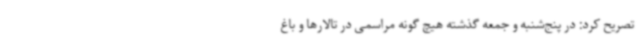
تصریح کرد: در پنج‌شنبه و جمعه گذشته هیچ گونه مراسمی در تالارها و باغ